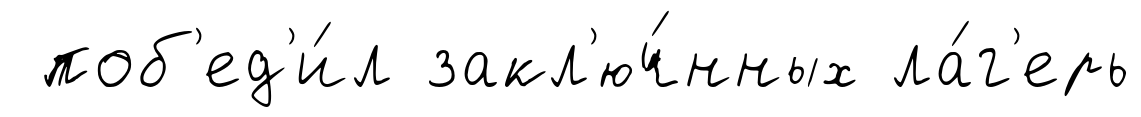
поб'ед'и́л закл'юч́нных ла́г'ерь